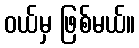
ဝယ်မှ ဖြစ်မယ်။